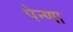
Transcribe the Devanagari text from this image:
पेन्णा